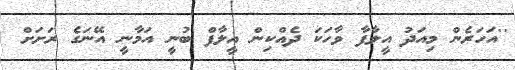
''އަހަރެން މިއަދު އީލާފާ ވާހަކަ ދެއްކިން އީލާފް ބުނީ އަމާނީ އޭނަގެ ރަށަށް